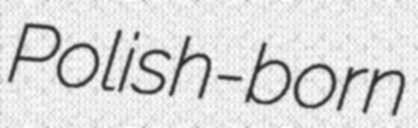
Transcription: Polish-born